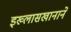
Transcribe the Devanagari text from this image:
इख्लासखानाने